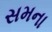
સમના